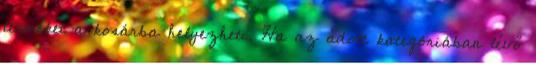
terméket a kosárba helyezheti. Ha az adott kategóriában lévő